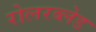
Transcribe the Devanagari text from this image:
रोलरब्लेड